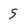
Character: S